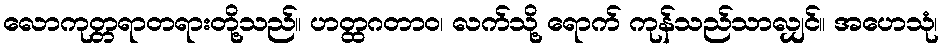
လောကုတ္တရာတရားတို့သည်။ ဟတ္ထဂတာဝ၊ လက်သို့ ရောက် ကုန်သည်သာလျှင်။ အဟေသုံ၊